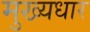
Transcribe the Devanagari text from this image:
मुख्यधार